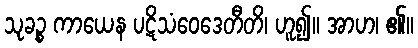
သုခဉ္စ ကာယေန ပဋိသံဝေဒေတီတိ၊ ဟူ၍။ အာဟ၊ ၏။